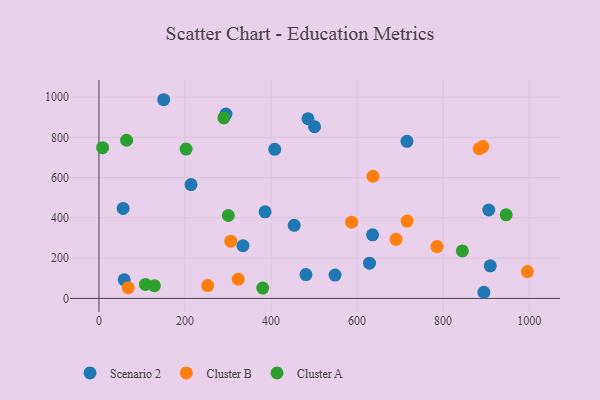
{"axis": {"x": "Experience", "y": "Rating"}, "legend": ["Cluster A", "Cluster B", "Scenario 2"], "data": [{"x": "481.2", "y": 118.6, "type": "Scenario 2"}, {"x": "501.2", "y": 852.8, "type": "Scenario 2"}, {"x": "58.7", "y": 92.6, "type": "Scenario 2"}, {"x": "386.1", "y": 430.2, "type": "Scenario 2"}, {"x": "56.3", "y": 446.8, "type": "Scenario 2"}, {"x": "295.3", "y": 916.2, "type": "Scenario 2"}, {"x": "408.6", "y": 740.7, "type": "Scenario 2"}, {"x": "906.1", "y": 439.2, "type": "Scenario 2"}, {"x": "636.1", "y": 316.1, "type": "Scenario 2"}, {"x": "150.6", "y": 987.0, "type": "Scenario 2"}, {"x": "629.0", "y": 175.3, "type": "Scenario 2"}, {"x": "485.9", "y": 892.5, "type": "Scenario 2"}, {"x": "716.0", "y": 780.5, "type": "Scenario 2"}, {"x": "548.9", "y": 115.8, "type": "Scenario 2"}, {"x": "909.6", "y": 162.1, "type": "Scenario 2"}, {"x": "453.9", "y": 362.9, "type": "Scenario 2"}, {"x": "334.8", "y": 261.8, "type": "Scenario 2"}, {"x": "894.9", "y": 30.5, "type": "Scenario 2"}, {"x": "214.1", "y": 565.5, "type": "Scenario 2"}, {"x": "995.9", "y": 133.5, "type": "Cluster B"}, {"x": "884.0", "y": 743.6, "type": "Cluster B"}, {"x": "690.7", "y": 293.4, "type": "Cluster B"}, {"x": "637.1", "y": 606.9, "type": "Cluster B"}, {"x": "306.4", "y": 284.3, "type": "Cluster B"}, {"x": "892.2", "y": 754.2, "type": "Cluster B"}, {"x": "68.1", "y": 52.9, "type": "Cluster B"}, {"x": "785.9", "y": 257.6, "type": "Cluster B"}, {"x": "252.8", "y": 63.9, "type": "Cluster B"}, {"x": "716.4", "y": 384.0, "type": "Cluster B"}, {"x": "587.4", "y": 378.8, "type": "Cluster B"}, {"x": "323.8", "y": 95.7, "type": "Cluster B"}, {"x": "300.7", "y": 412.0, "type": "Cluster A"}, {"x": "946.5", "y": 415.1, "type": "Cluster A"}, {"x": "64.3", "y": 785.6, "type": "Cluster A"}, {"x": "844.7", "y": 235.8, "type": "Cluster A"}, {"x": "202.6", "y": 741.8, "type": "Cluster A"}, {"x": "128.9", "y": 63.4, "type": "Cluster A"}, {"x": "8.6", "y": 748.8, "type": "Cluster A"}, {"x": "380.8", "y": 51.4, "type": "Cluster A"}, {"x": "108.0", "y": 69.3, "type": "Cluster A"}, {"x": "290.4", "y": 896.7, "type": "Cluster A"}]}